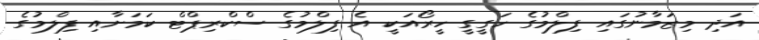
އަދި މިޒަމާނުގައި ފިލްމުގެ ހަގީގީ ހީރޯއަކީ އެ ފިލްމުގެ ސްކްރިޕްޓް ކަމަށާއި ފިލްމުގެ